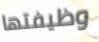
وظيفتها